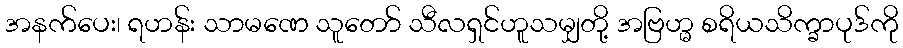
အနက်ပေး၊ ရဟန်း သာမဏေ သူတော် သီလရှင်ဟူသမျှတို့ အဗြဟ္မ စရိယသိက္ခာပုဒ်ကို